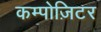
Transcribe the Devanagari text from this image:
कम्पोज़िटर